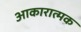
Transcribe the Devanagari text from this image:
आकारात्मक